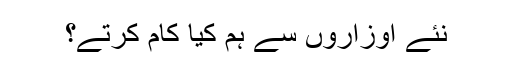
نئے اوزاروں سے ہم کیا کام کرتے؟